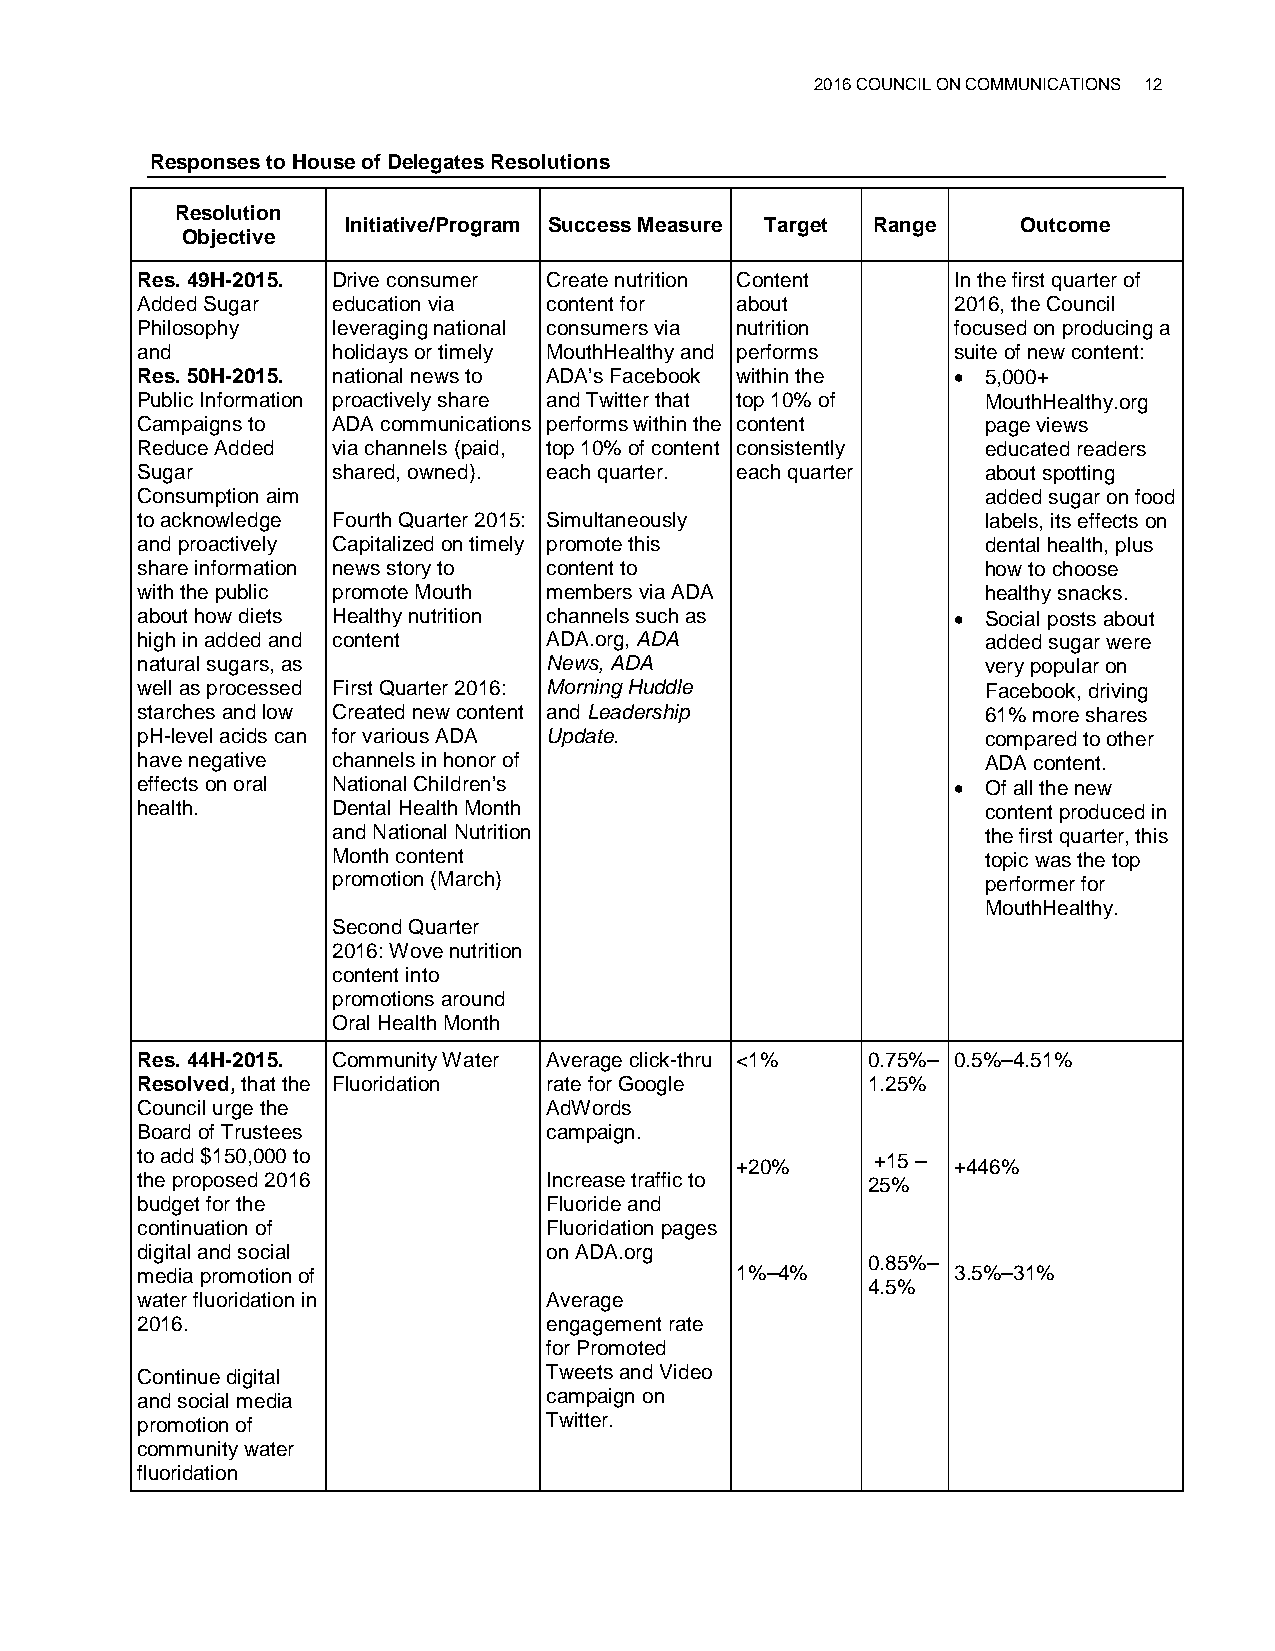
2016 COUNCIL ON COMMUNICATIONS 12
 Responses to House of Delegates Resolutions
 Resolution
 Initiative/Program Success Measure Target Range Outcome
 Objective
 Res. 49H-2015. Drive consumer Create nutrition Content In the first quarter of
 Added Sugar  education via content for  about         2016, the Council
 Philosophy   leveraging national consumers via nutrition focused on producing a
 and          holidays or timely MouthHealthy and performs suite of new content:
 Res. 50H-2015. national news to ADA’s Facebook within the • 5,000+
 Public Information proactively share and Twitter that top 10% of MouthHealthy.org
 Campaigns to ADA communications performs within the content page views
 Reduce Added via channels (paid, top 10% of content consistently educated readers
 Sugar        shared, owned). each quarter. each quarter about spotting
 Consumption aim                                         added sugar on food
 to acknowledge Fourth Quarter 2015: Simultaneously      labels, its effects on
 and proactively Capitalized on timely promote this      dental health, plus
 share information news story to content to              how to choose
 with the public promote Mouth members via ADA           healthy snacks.
 about how diets Healthy nutrition channels such as    • Social posts about
 high in added and content  ADA.org, ADA                 added sugar were
 natural sugars, as         News, ADA                    very popular on
 well as processed First Quarter 2016: Morning Huddle    Facebook, driving
 starches and low Created new content and Leadership     61% more shares
 pH-level acids can for various ADA Update.              compared to other
 have negative channels in honor of                      ADA content.
 effects on oral National Children’s                   • Of all the new
 health.      Dental Health Month                        content produced in
 and National Nutrition                     the first quarter, this
 Month content                              topic was the top
 promotion (March)                          performer for
 MouthHealthy.
 Second Quarter
 2016: Wove nutrition
 content into
 promotions around
 Oral Health Month
 Res. 44H-2015. Community Water Average click-thru <1% 0.75%– 0.5%–4.51%
 Resolved, that the Fluoridation rate for Google 1.25%
 Council urge the           AdWords
 Board of Trustees          campaign.
 to add $150,000 to                      +20%     +15 – +446%
 the proposed 2016          Increase traffic to  25%
 budget for the             Fluoride and
 continuation of            Fluoridation pages
 digital and social         on ADA.org
 0.85%–
 media promotion of                      1%–4%         3.5%–31%
 4.5%
 water fluoridation in      Average
 2016.                      engagement rate
 for Promoted
 Continue digital           Tweets and Video
 and social media           campaign on
 promotion of               Twitter.
 community water
 fluoridation